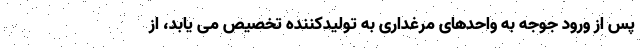
پس از ورود جوجه به واحدهای مرغداری به تولیدکننده تخصیص می یابد، از